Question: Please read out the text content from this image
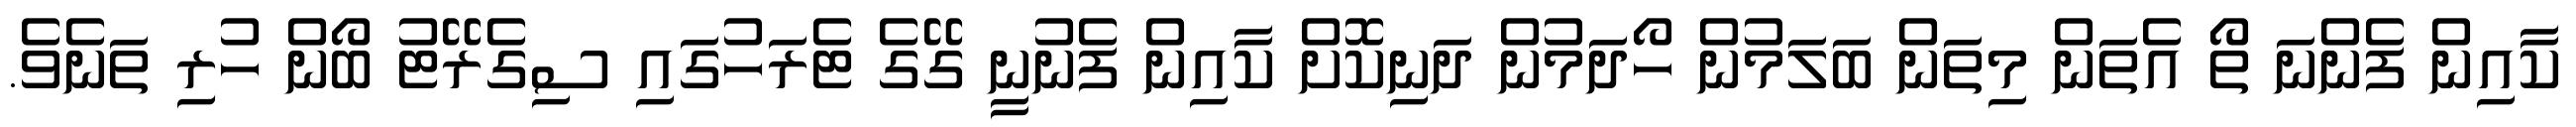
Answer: ކާއިން ފެންނަ ތޯ އެތަން މިތަން ބަލަމުން ހޯދަމުން ދަނިކޮށް ކާއިން ފެނުނީ ގޭގެ ޓެރަހުގައި ސިގެރޭޓު ބޯން ހުރި ތަނެވެ.